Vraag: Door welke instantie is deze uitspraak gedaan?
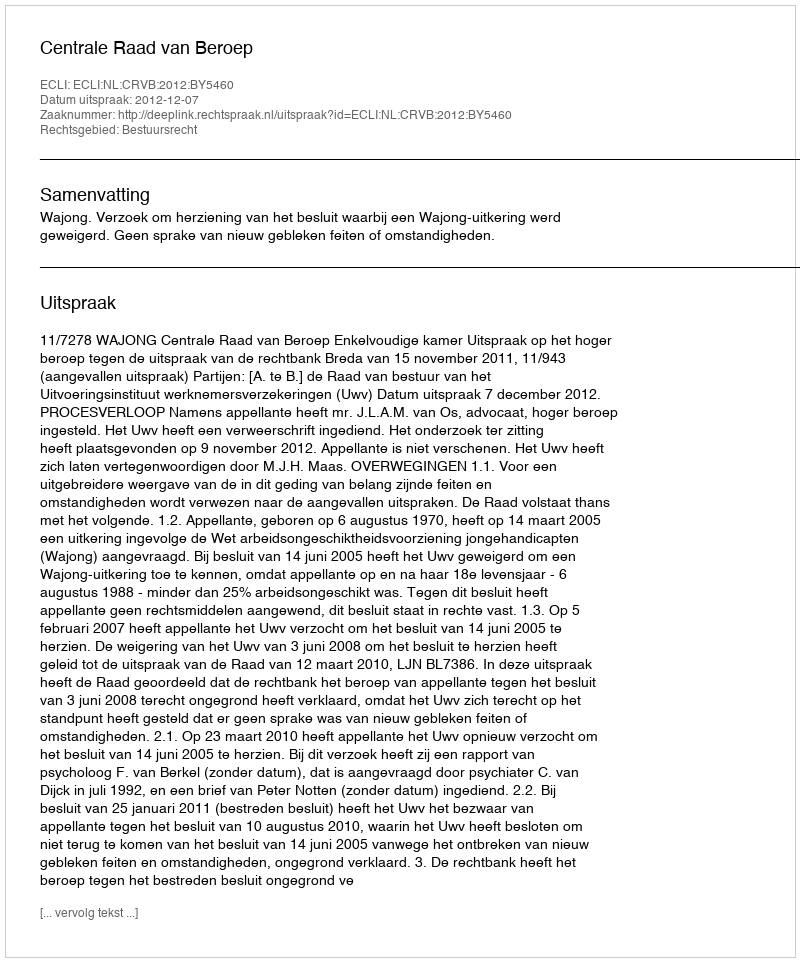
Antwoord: Centrale Raad van Beroep